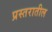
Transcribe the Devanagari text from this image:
प्रस्तरातील